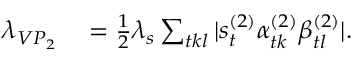
\begin{array} { r l } { \lambda _ { V P _ { 2 } } } & { { } = \frac { 1 } { 2 } \lambda _ { s } \sum _ { t k l } | s _ { t } ^ { ( 2 ) } \alpha _ { t k } ^ { ( 2 ) } \beta _ { t l } ^ { ( 2 ) } | . } \end{array}